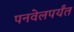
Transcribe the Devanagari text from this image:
पनवेलपर्यंत